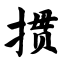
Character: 掼